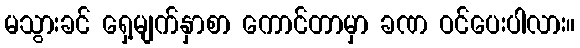
မသွားခင် ရှေ့မျက်နှာစာ ကောင်တာမှာ ခဏ ဝင်ပေးပါလား။